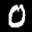
Label: 0